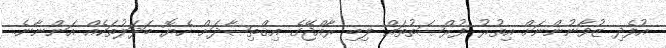
އުފެދި ޒުވާނުންނަށް އިތުރު ފުރްޞަތުތައް ލިބި ރާއްޖޭގެ އިޤްތިޞާދަށް ހެޔޮ ބަދަލުތަކެއް އަންނާނެ.